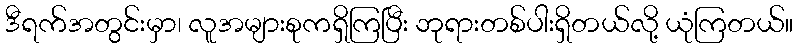
ဒီရက်အတွင်းမှာ၊ လူအများစုကရှိကြပြီး ဘုရားတစ်ပါးရှိတယ်လို့ ယုံကြတယ်။